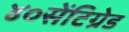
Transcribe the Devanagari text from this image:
४०सेंटिग्रेड